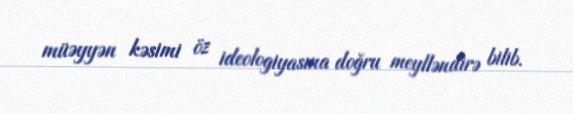
müəyyən kəsimi öz ideologiyasına doğru meylləndirə bilib.